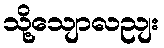
သို့သျောလညျး